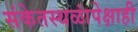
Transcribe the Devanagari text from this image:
संकेतस्थळांपेक्षाही